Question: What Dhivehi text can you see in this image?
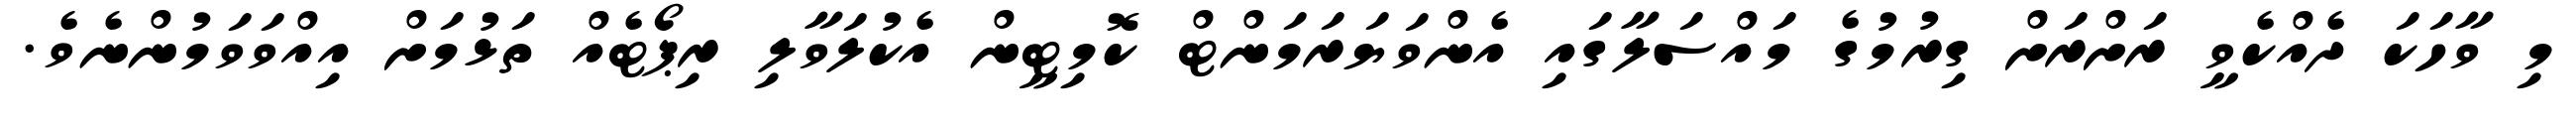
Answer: މި ވާހަކަ ދެއްކެވީ ރަށްރަށް ގިރުމުގެ މައްސަލާގައި އެންވަޔަރަމަންޓް ކޮމިޓީން އެކުލަވާލި ރިޕޯޓެއް ތަޅުމަށް އިއްވަވަމުންނެވެ.